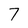
Character: 7